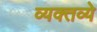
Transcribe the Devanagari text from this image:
व्यक्तव्ये